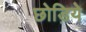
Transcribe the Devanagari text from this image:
छोड़िये